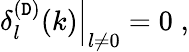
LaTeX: \left.\delta_{l}^{(\mathtt{D})}(k)\right|_{l\neq0}=0\; ,